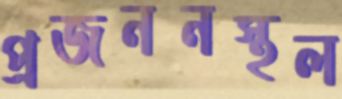
প্রজননস্থল